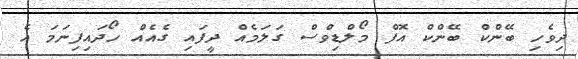
ދިވެހި ބޭންކް ބޭންކް އޮފް މޯލްޑިވްސް ގަލަމެއް ދީފައި ގެއެއް ހޯދައިފިނަމަ އެ